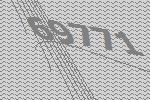
69771